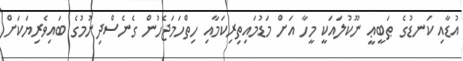
އުޑާއި ކަނޑުގެ ޠަބީޢީ ނޫކުލައަކީ މީހާ އަށް މަޑުމައިތިރިކަމާއި ހިތްހަމަޖެހުން ގެނެސްދިނުމުގެ ބައިވެރިޔަކަށް